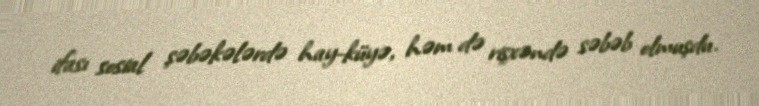
ifası sosial şəbəkələrdə hay-küyə, həm də rişxəndə səbəb olmuşdu.